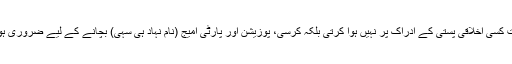
یہاں معذرت کسی اخلاقی پستی کے ادراک پر نہیں ہوا کرتی بلکہ کرسی، پوزیشن اور پارٹی امیج (نام نہاد ہی سہی) بچانے کے لیے ضروری ہو جاتی ہے۔